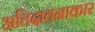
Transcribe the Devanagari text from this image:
अतिदावनाकार